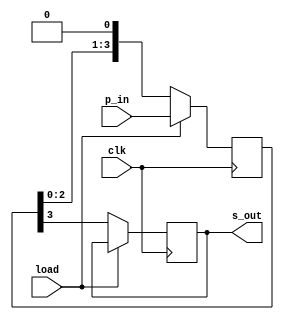
`timescale 1ns / 1ps
//////////////////////////////////////////////////////////////////////////////////
// Company: 
// Engineer: 
// 
// Design Name: 
// Module Name: piso
// Project Name: 
// Target Devices: 
// Tool Versions: 
// Description: 
// 
// Dependencies: 
// 
// Revision:
// Revision 0.01 - File Created
// Additional Comments:
// 
//////////////////////////////////////////////////////////////////////////////////

`define DATA_WIDTH 4
module piso(input [`DATA_WIDTH-1:0] p_in,
            input clk,load,
            output reg s_out);

reg [`DATA_WIDTH-1:0]temp = 0;
always @(posedge clk)
begin
    if(load)
    temp<=p_in;
    else
    begin
    s_out<=temp[3];
    temp<={temp[2:0],1'b0};
    end
end
endmodule